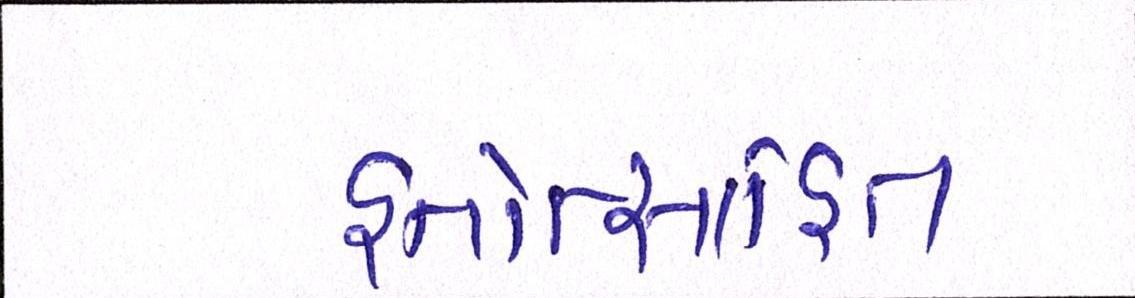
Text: હતોત્સાહિત